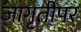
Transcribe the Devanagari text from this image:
जागृतीपर